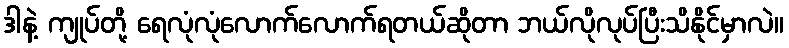
ဒါနဲ့ ကျုပ်တို့ ရေလုံလုံလောက်လောက်ရတယ်ဆိုတာ ဘယ်လိုလုပ်ပြီးသိနိုင်မှာလဲ။